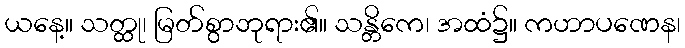
ယနေ့။ သတ္ထု၊ မြတ်စွာဘုရား၏။ သန္တိကေ၊ အထံ၌။ ကဟာပဏေန၊